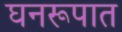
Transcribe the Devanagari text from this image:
घनरूपात